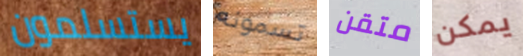
يستسلمون تسمونه متقن يمكن